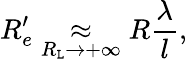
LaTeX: R_{e}^{\prime}\underset{R_{\mathtt{L}}\rightarrow+\infty}{\approx}R\frac{{\lambda}}{{l}},